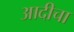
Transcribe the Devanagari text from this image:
आदीचा